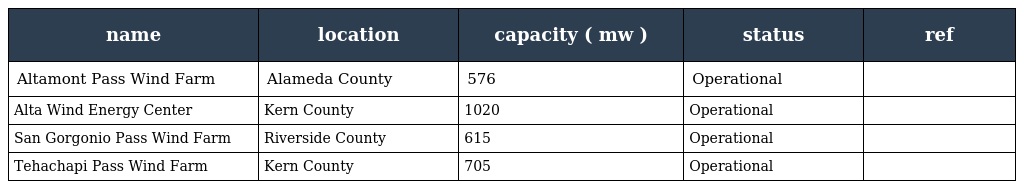
| name | location | capacity ( mw ) | status | ref |
 | --- | --- | --- | --- | --- |
 | Altamont Pass Wind Farm | Alameda County | 576 | Operational |  |
 | Alta Wind Energy Center | Kern County | 1020 | Operational |  |
 | San Gorgonio Pass Wind Farm | Riverside County | 615 | Operational |  |
 | Tehachapi Pass Wind Farm | Kern County | 705 | Operational |  |